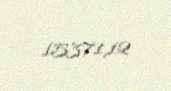
15371,12